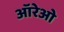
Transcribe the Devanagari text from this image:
ऑरेओ